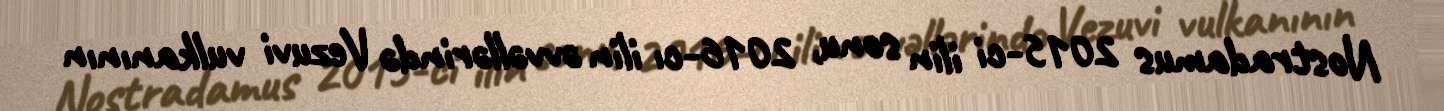
Nostradamus 2015-ci ilin sonu, 2016-cı ilin əvvəllərində Vezuvi vulkanının